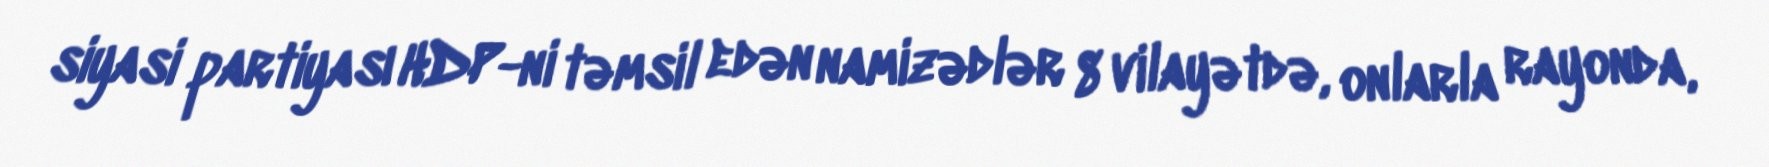
siyasi partiyası HDP-ni təmsil edən namizədlər 8 vilayətdə, onlarla rayonda,